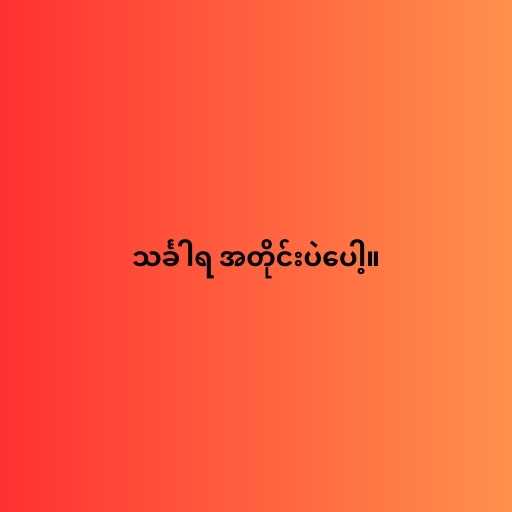
သင်္ခါရ အတိုင်းပဲပေါ့။